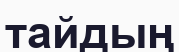
тайдың